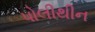
પોલીથીન